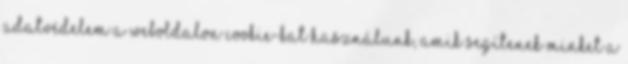
adatvédelem A weboldalon cookie-kat használunk, amik segítenek minket a